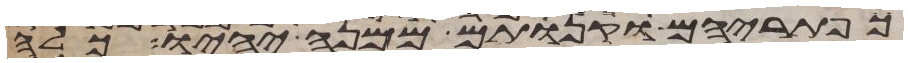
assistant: כפתריהם וקנותם ממנה יהיו כלה